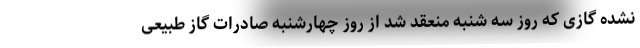
نشده گازی که روز سه شنبه منعقد شد از روز چهارشنبه صادرات گاز طبیعی